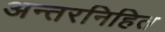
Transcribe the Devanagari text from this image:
अन्तरनिहित